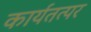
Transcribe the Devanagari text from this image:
कार्यतत्‍पर